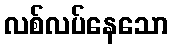
လစ်လပ်နေသော